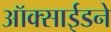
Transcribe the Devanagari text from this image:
ऑक्साईडने